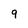
Character: 9